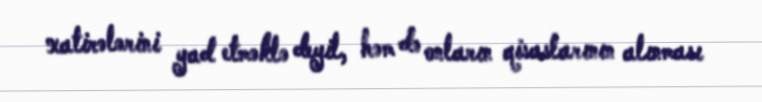
xatirələrini yad etməklə deyil, həm də onların qisaslarının alınması